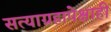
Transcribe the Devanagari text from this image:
सत्याग्रहापेक्षाही